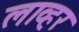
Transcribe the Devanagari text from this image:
लाव्हर